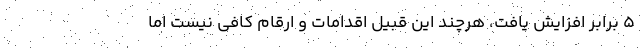
۵ برابر افزایش یافت، هرچند این قبیل اقدامات و ارقام کافی نیست اما